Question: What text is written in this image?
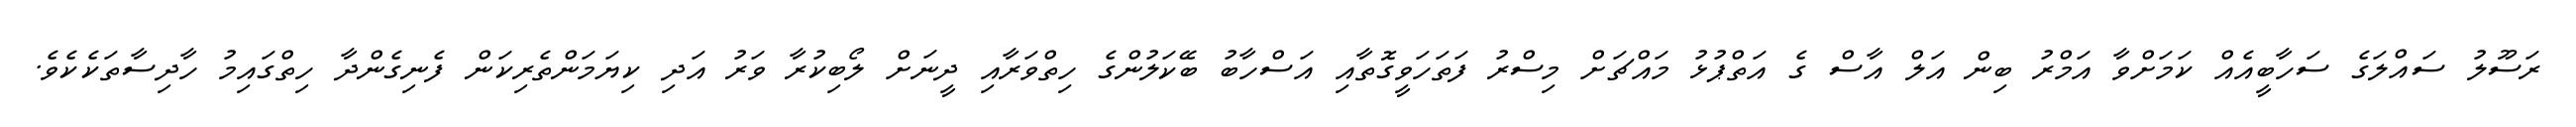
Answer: ރަސޫލު ސައްލަގެ ސަހާބީއެއް ކަމަށްވާ އަމްރު ބިން އަލް އާސް ގެ އަތްޕުޅު މައްޗަށް މިސްރު ފަތަހަވީގޮތާއި އަސްހާބު ބޭކަލުންގެ ހިތްވަރާއި ދީނަށް ލޯބިކުރާ ވަރު އަދި ކިޔަމަންތެރިކަން ފެނިގެންދާ ހިތްގައިމު ހާދިސާތަކެކެވެ.